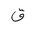
Letter: _qaf